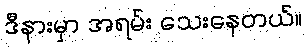
ဒီနားမှာ အရမ်း သေးနေတယ်။